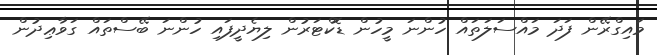
މައިގްރޭން ފަދަ މައްސަލަތައް ހުންނަ މީހުން ޑޮކްޓަރުން ލިޔެދީފައި ހުންނަ ބޭސްތައް ގަވާޢިދުން